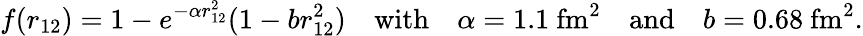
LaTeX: f(r_{12})=1-e^{-\alpha r_{12}^{2}}(1-br_{12}^{2})\quad\mathrm{with}\quad\alpha=1.1~\mathrm{fm}^{2}\quad\mathrm{and}\quad b=0.68~\mathrm{fm}^{2}.